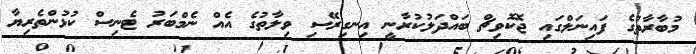
މުބާރާތުގެ ފައިނަލްގައި ޖޮކޮވިޗް ބައްދަލުކުރާނީ އިނގިރޭސި ވިލާތުގެ އެއް ނެމްބަރު ޓެނިސް ކުޅުންތެރިޔާ